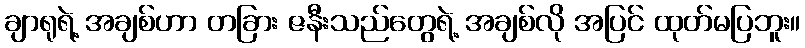
ချာရုရဲ့ အချစ်ဟာ တခြား ဇနီးသည်တွေရဲ့ အချစ်လို အပြင် ထုတ်မပြဘူး။